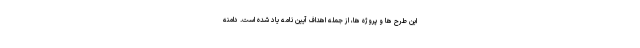
این طرح ها و پروژه ها، از جمله اهداف آیین نامه یاد شده است. دامنه